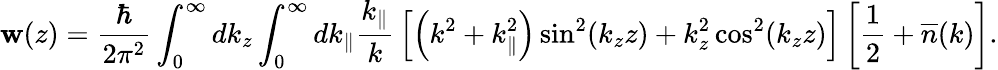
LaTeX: \mathbf{w}(z)={\frac{{\hbar}}{{2\pi^{2}}}}\int_{0}^{\infty}dk_{z}\int_{0}^{\infty}dk_{\| }{\frac{{k_{\| }}}{{k}}}\left[\left(k^{2}+k_{\| }^{2}\right)\sin^{2}(k_{z}z)+k_{z}^{2}\cos^{2}(k_{z}z)\right]\left[{\frac{{1}}{{2}}}+{\overline{{{n}}}}(k)\right].